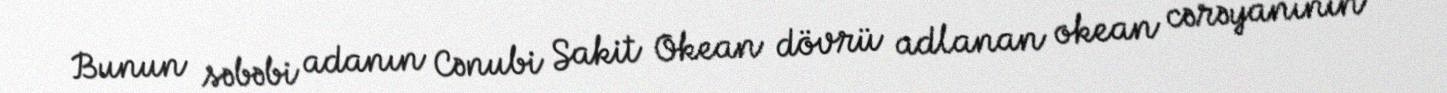
Bunun səbəbi adanın Cənubi Sakit Okean dövrü adlanan okean cərəyanının